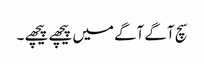
سچ آگے آگے میں پیچھے پیچھے ۔